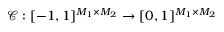
\boldsymbol { \mathcal { C } } : [ - 1 , 1 ] ^ { M _ { 1 } \times M _ { 2 } } \to [ 0 , 1 ] ^ { M _ { 1 } \times M _ { 2 } }